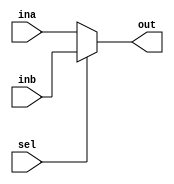
`ifndef __MUX_V__
`define __MUX_V__

module Mux # ( // mux 2 to 1
	parameter DATA_LENGTH = 8
	)	(
	input wire sel,
	input wire [DATA_LENGTH-1:0] ina,
	input wire [DATA_LENGTH-1:0] inb,
	output wire [DATA_LENGTH-1:0] out
	);

	assign out = (sel == 0) ? ina : inb;

endmodule

`endif /*__MUX_V__*/